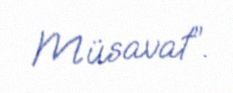
Müsavat”.